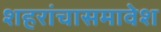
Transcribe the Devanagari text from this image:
शहरांचासमावेश